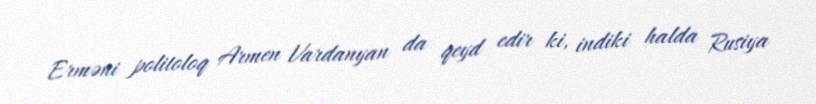
Erməni politoloq Armen Vardanyan da qeyd edir ki, indiki halda Rusiya